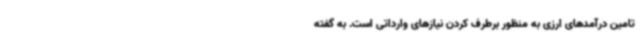
تامین درآمدهای ارزی به منظور برطرف کردن نیازهای وارداتی است. به گفته